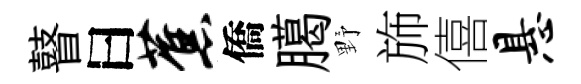
瞽曰蕉僑臈野斾僖悬